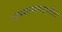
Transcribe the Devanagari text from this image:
अभ्यासगटातील